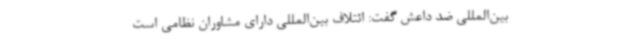
بین‌المللی ضد داعش گفت: ائتلاف بین‌المللی دارای مشاوران نظامی است